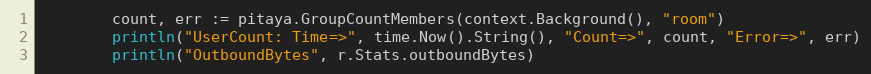
Language: Go
		count, err := pitaya.GroupCountMembers(context.Background(), "room")
		println("UserCount: Time=>", time.Now().String(), "Count=>", count, "Error=>", err)
		println("OutboundBytes", r.Stats.outboundBytes)